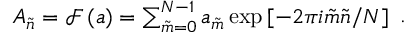
\begin{array} { r } { A _ { \tilde { n } } = \mathcal { F } \left( a \right) = \sum _ { \tilde { m } = 0 } ^ { N - 1 } a _ { \tilde { m } } \exp \left[ - 2 \pi i \tilde { m } \tilde { n } / N \right] } \end{array} .